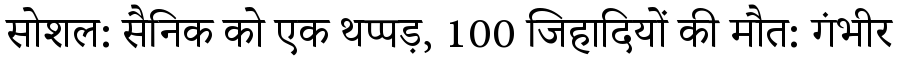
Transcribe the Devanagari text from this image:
सोशल: सैनिक को एक थप्पड़, 100 जिहादियों की मौत: गंभीर